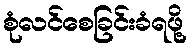
စုံလင်စေခြင်းခံရဖို့